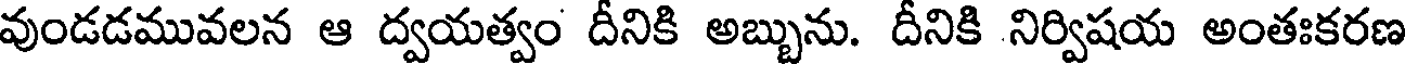
వుండడమువలన ఆ ద్వయత్వం దీనికి అబ్బును. దీనికి నిర్విషయ అంతఃకరణ